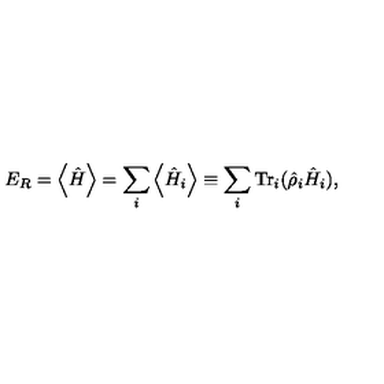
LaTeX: E _ { R } = \left\langle \hat { H } \right\rangle = \sum _ { i } \left\langle \hat { H } _ { i } \right\rangle \equiv \sum _ { i } \mathrm { T r } _ { i } ( \hat { \rho } _ { i } \hat { H } _ { i } ) ,